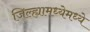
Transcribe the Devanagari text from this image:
जिल्ह्यामध्येमध्ये